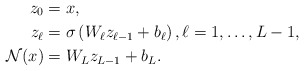
\begin{align*}z_{0}&= x,\\z_{\ell}&=\sigma \left (W_{\ell} z_{\ell-1} + b_{\ell} \right ), \ell=1,\ldots, L-1, \\\mathcal{N}(x)&= W_{L} z_{L-1} + b_{L}. \end{align*}